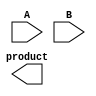
module wallace_tree_multiplier #(parameter N = 4) (
    input [N-1:0] A,
    input [N-1:0] B,
    output reg [2*N-1:0] product
);

    // Partial product generation
    wire [N-1:0] pp[N-1:0]; // Partial products
    genvar i, j;
    generate
        for (i = 0; i < N; i = i + 1) begin : pp_gen
            for (j = 0; j < N; j = j + 1) begin : pp_bit
                assign pp[i][j] = A[i] & B[j];
            end
        end
    endgenerate

    // Wallace tree reduction
    wire [N-1:0] sum [N-1:0];
    wire [N-1:0] carry [N-1:0];

    // Stage 1: Combine partial products using half and full adders
    generate
        for (i = 0; i < N; i = i + 1) begin : reduction_stage
            if (i % 3 == 0) begin
                // Use half adders for pairs
                assign {carry[i], sum[i]} = pp[i] + pp[i+1];
            end else if (i % 3 == 1) begin
                // Use full adders for triplets
                assign {carry[i], sum[i]} = pp[i] + pp[i+1] + pp[i+2];
            end else if (i % 3 == 2) begin
                // Continue reducing with full adders
                assign {carry[i], sum[i]} = sum[i-2] + pp[i] + carry[i-1];
            end
        end
    endgenerate

    // Final addition
    wire [2*N-1:0] final_sum;
    wire [2*N-1:0] final_carry;

    // Using a simple ripple carry adder for final addition
    assign {final_carry, final_sum} = {1'b0, sum[N-1]} + {1'b0, carry[N-1]};

    // Output the final product
    always @(*) begin
        product = final_sum + final_carry;
    end

endmodule